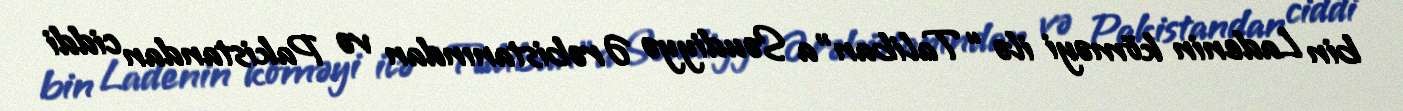
bin Ladenin köməyi ilə “Taliban”a Səudiyyə Ərəbistanından və Pakistandan ciddi